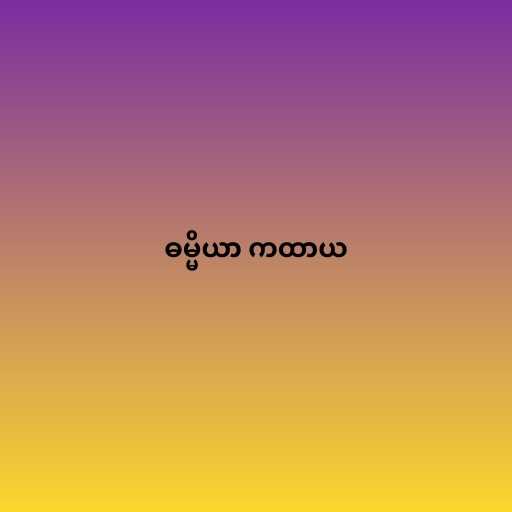
ဓမ္မိယာ ကထာယ